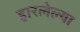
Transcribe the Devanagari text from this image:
हारलेल्या